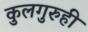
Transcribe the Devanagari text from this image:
कुलगुरुही